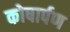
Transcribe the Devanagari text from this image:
कोषार्पण